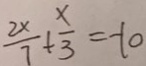
\frac { 2 x } { 7 } + \frac { x } { 3 } = - 1 0